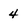
Character: 4